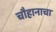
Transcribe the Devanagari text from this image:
चौहानाचा